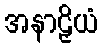
အနာဠှိယံ